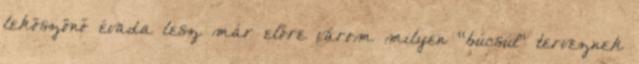
leköszönő évada lesz már előre várom milyen “búcsút” terveznek